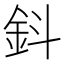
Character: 鈄